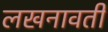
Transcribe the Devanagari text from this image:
लखनावती